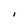
Character: l